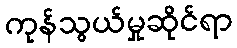
ကုန်သွယ်မှုဆိုင်ရာ